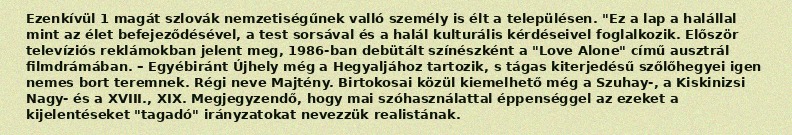
Ezenkívül 1 magát szlovák nemzetiségűnek valló személy is élt a településen. "Ez a lap a halállal mint az élet befejeződésével, a test sorsával és a halál kulturális kérdéseivel foglalkozik. Először televíziós reklámokban jelent meg, 1986-ban debütált színészként a "Love Alone" című ausztrál filmdrámában. – Egyébiránt Újhely még a Hegyaljához tartozik, s tágas kiterjedésű szőlőhegyei igen nemes bort teremnek. Régi neve Majtény. Birtokosai közül kiemelhető még a Szuhay-, a Kiskinizsi Nagy- és a XVIII., XIX. Megjegyzendő, hogy mai szóhasználattal éppenséggel az ezeket a kijelentéseket "tagadó" irányzatokat nevezzük realistának.